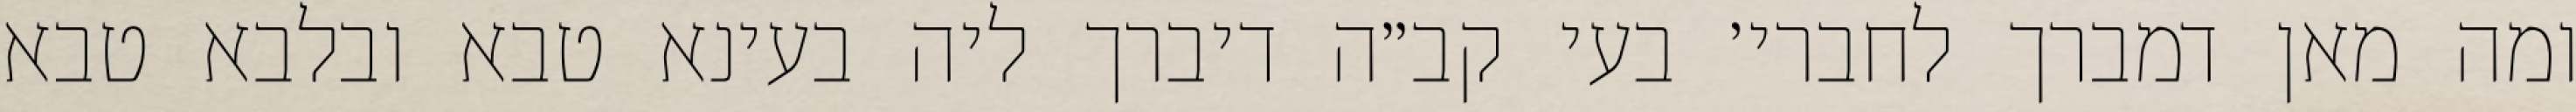
ומה מאן דמברך לחברי׳ בעי קב״ה דיברך ליה בעינא טבא ובלבא טבא